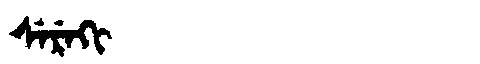
Manchu: ᠰᡝᡵᡝᡴᡳ
Romanization: SEREKI